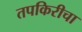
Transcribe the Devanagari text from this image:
तपकिरीचा